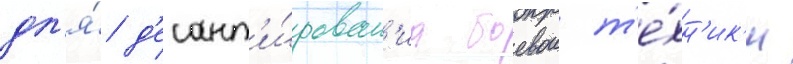
дл'я́ д'есант'и́рован'иа боевои т'е́хн'ик'и